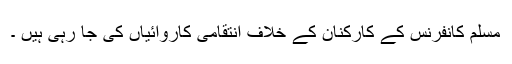
مسلم کانفرنس کے کارکنان کے خلاف انتقامی کاروائیاں کی جا رہی ہیں ۔